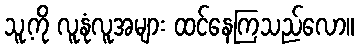
သူ့ကို လူနုံလူအများ ထင်နေကြသည်လော။